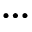
\ldots